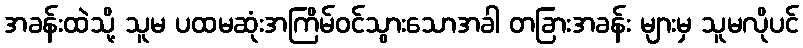
အခန်းထဲသို့ သူမ ပထမဆုံးအကြိမ်ဝင်သွားသောအခါ တခြားအခန်း များမှ သူမလိုပင်